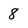
Character: 8